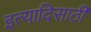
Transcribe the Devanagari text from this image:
इत्यादिसाठी